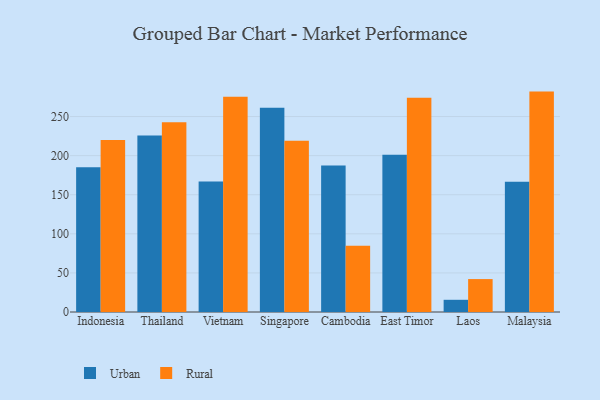
{"axis": {"x": "Country", "y": "Bounce Rate (%)"}, "legend": ["Rural", "Urban"], "data": [{"x": "Indonesia", "y": 185.2, "type": "Urban"}, {"x": "Indonesia", "y": 220.0, "type": "Rural"}, {"x": "Thailand", "y": 225.7, "type": "Urban"}, {"x": "Thailand", "y": 242.7, "type": "Rural"}, {"x": "Vietnam", "y": 166.8, "type": "Urban"}, {"x": "Vietnam", "y": 275.3, "type": "Rural"}, {"x": "Singapore", "y": 261.4, "type": "Urban"}, {"x": "Singapore", "y": 219.1, "type": "Rural"}, {"x": "Cambodia", "y": 187.4, "type": "Urban"}, {"x": "Cambodia", "y": 84.6, "type": "Rural"}, {"x": "East Timor", "y": 201.1, "type": "Urban"}, {"x": "East Timor", "y": 274.0, "type": "Rural"}, {"x": "Laos", "y": 15.6, "type": "Urban"}, {"x": "Laos", "y": 42.1, "type": "Rural"}, {"x": "Malaysia", "y": 166.5, "type": "Urban"}, {"x": "Malaysia", "y": 281.9, "type": "Rural"}]}